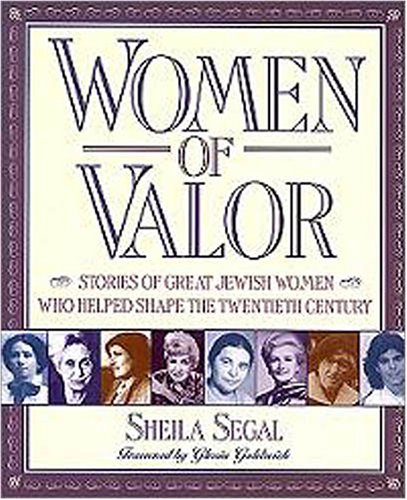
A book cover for Women of Valor: Stories of Great Jewish Women Who Helped Shape the Twentieth Century; Sheila F. Segal; Religion & Spirituality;